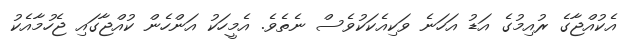
އެކުއްޖާގެ ރުއިމުގެ އަޑު އަހަނެ ވަކިއެކަކުވެސް ނެތެވެ. އެމީހަކު އަންހެން ކުއްޖާގައި ޖެހުމާއެކު